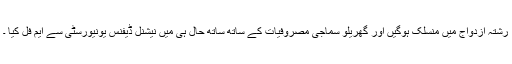
رشتہ ازدواج میں منسلک ہوگیں اور گھریلو سماجی مصروفیات کے ساتھ ساتھ حال ہی میں نیشنل ڈیفنس یونیورسٹی سے ایم فل کیا ۔